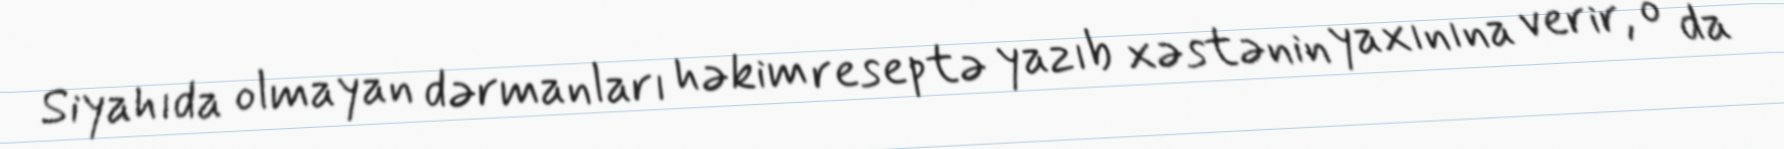
Siyahıda olmayan dərmanları həkim reseptə yazıb xəstənin yaxınına verir, o da